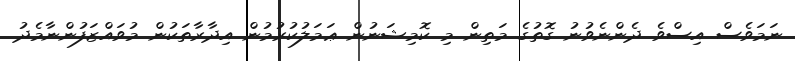
ނަމަވެސް އިސްވެ ދެންނެވުނު ގޮތުގެ މަތިން މި ކޮމިޝަނުން ޢަމަލުކުރުމުން އިދާރާތަކުން މުވައްޒަފުންނާމެދު